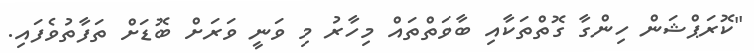
"ކޮރަޕްޝަން ހިންގާ ގޮތްތަކާއި ބާވަތްތައް މިހާރު މި ވަނީ ވަރަށް ބޮޑަށް ތަފާތުވެފައި.